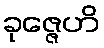
ခုဇ္ဇေဟိ